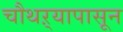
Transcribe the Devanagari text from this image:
चौथऱ्यापासून